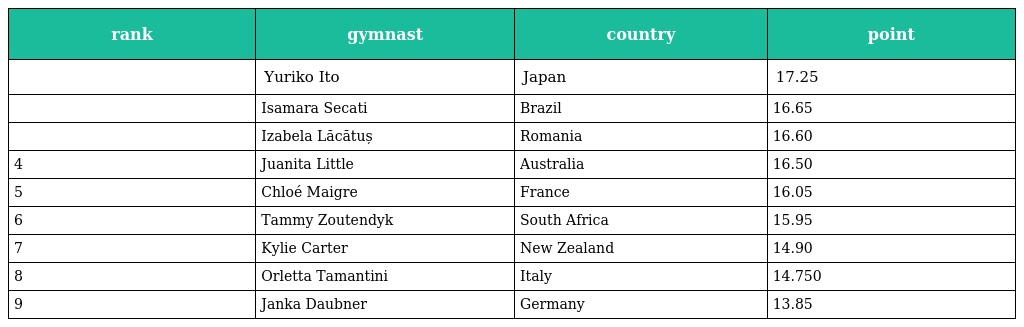
| rank | gymnast | country | point |
 | --- | --- | --- | --- |
 |  | Yuriko Ito | Japan | 17.25 |
 |  | Isamara Secati | Brazil | 16.65 |
 |  | Izabela Lăcătuș | Romania | 16.60 |
 | 4 | Juanita Little | Australia | 16.50 |
 | 5 | Chloé Maigre | France | 16.05 |
 | 6 | Tammy Zoutendyk | South Africa | 15.95 |
 | 7 | Kylie Carter | New Zealand | 14.90 |
 | 8 | Orletta Tamantini | Italy | 14.750 |
 | 9 | Janka Daubner | Germany | 13.85 |